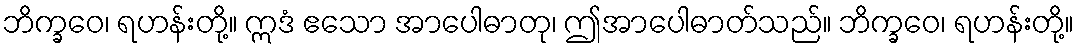
ဘိက္ခဝေ၊ ရဟန်းတို့။ ဣဒံ ဧသော အာပေါဓာတု၊ ဤအာပေါဓာတ်သည်။ ဘိက္ခဝေ၊ ရဟန်းတို့။